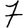
Digit: 7